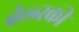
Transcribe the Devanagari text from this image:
बेल्स्की